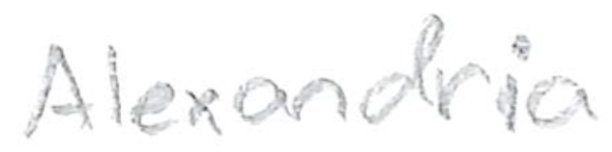
Text: Alexandria
Cross-out: clean
Writing tool: pencil